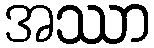
အဿာ